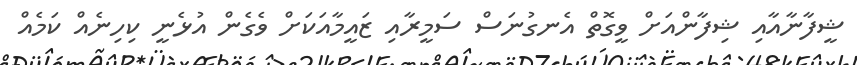
ޝީފާނާއާއި ޝިފާންއަށް ވީގޮތް އެނގުނަސް ސަމީރާއި ޒައީމާއަކަށް ވެގެން އުޅެނީ ކިހިނެއް ކަމެއް